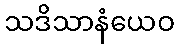
သဒိသာနံယေဝ